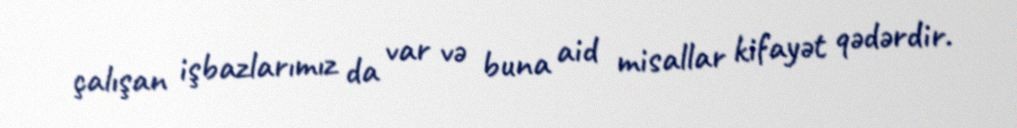
çalışan işbazlarımız da var və buna aid misallar kifayət qədərdir.